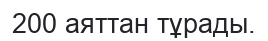
200 аяттан тұрады.